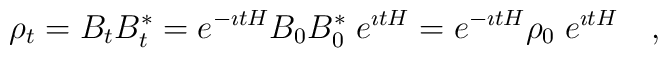
\rho _t = B_t B^* _t = e^{-\imath t H}B_0 B_0 ^* \; e^{\imath t H}           = e^{-\imath t H} \rho _0 \;  e^{\imath t H}    ~~~ ,